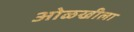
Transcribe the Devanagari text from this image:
ओळखीला